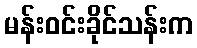
မန်းဝင်းခိုင်သန်းက